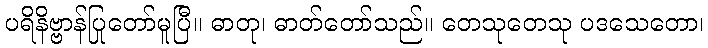
ပရိနိဗ္ဗာန်ပြုတော်မူပြီ။ ဓာတု၊ ဓာတ်တော်သည်။ တေသုတေသု ပဒသေတော၊